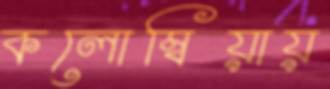
কলোম্বিয়ায়